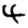
Digit: 4